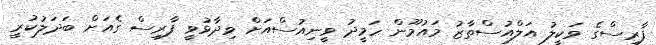
ފާރިސްގެ ވަކީލު އަލްއުސްތާޒު މައުމޫން ހަމީދު ވީނިއުސްއަށް ވިދާޅުވީ ފާރިސް ގެއަށް ބަަދަލުކުރީ